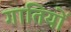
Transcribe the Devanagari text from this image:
गातियों